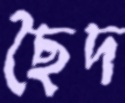
ছৈদ